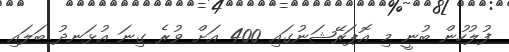
ފުލުހުން ބުނީ މި އޮޕަރޭޝަނުގައި 400 އަށް ވުރެ ގިނަ އުޅަނދު ބަލައި